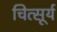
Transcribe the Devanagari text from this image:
चित्सूर्य